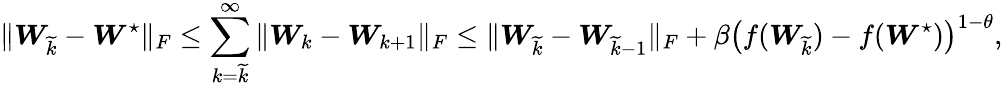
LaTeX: \| \boldsymbol{W}_{\widetilde k}-\boldsymbol{W}^{\star}\| _{F}\leq\sum_{k=\widetilde k}^{\infty}\| \boldsymbol{W}_{k}-\boldsymbol{W}_{k+1}\| _{F}\leq\| \boldsymbol{W}_{\widetilde k}-\boldsymbol{W}_{\widetilde k-1}\| _{F}+\beta\left(f(\boldsymbol{W}_{\widetilde k})-f(\boldsymbol{W}^{\star})\right)^{1-\theta},